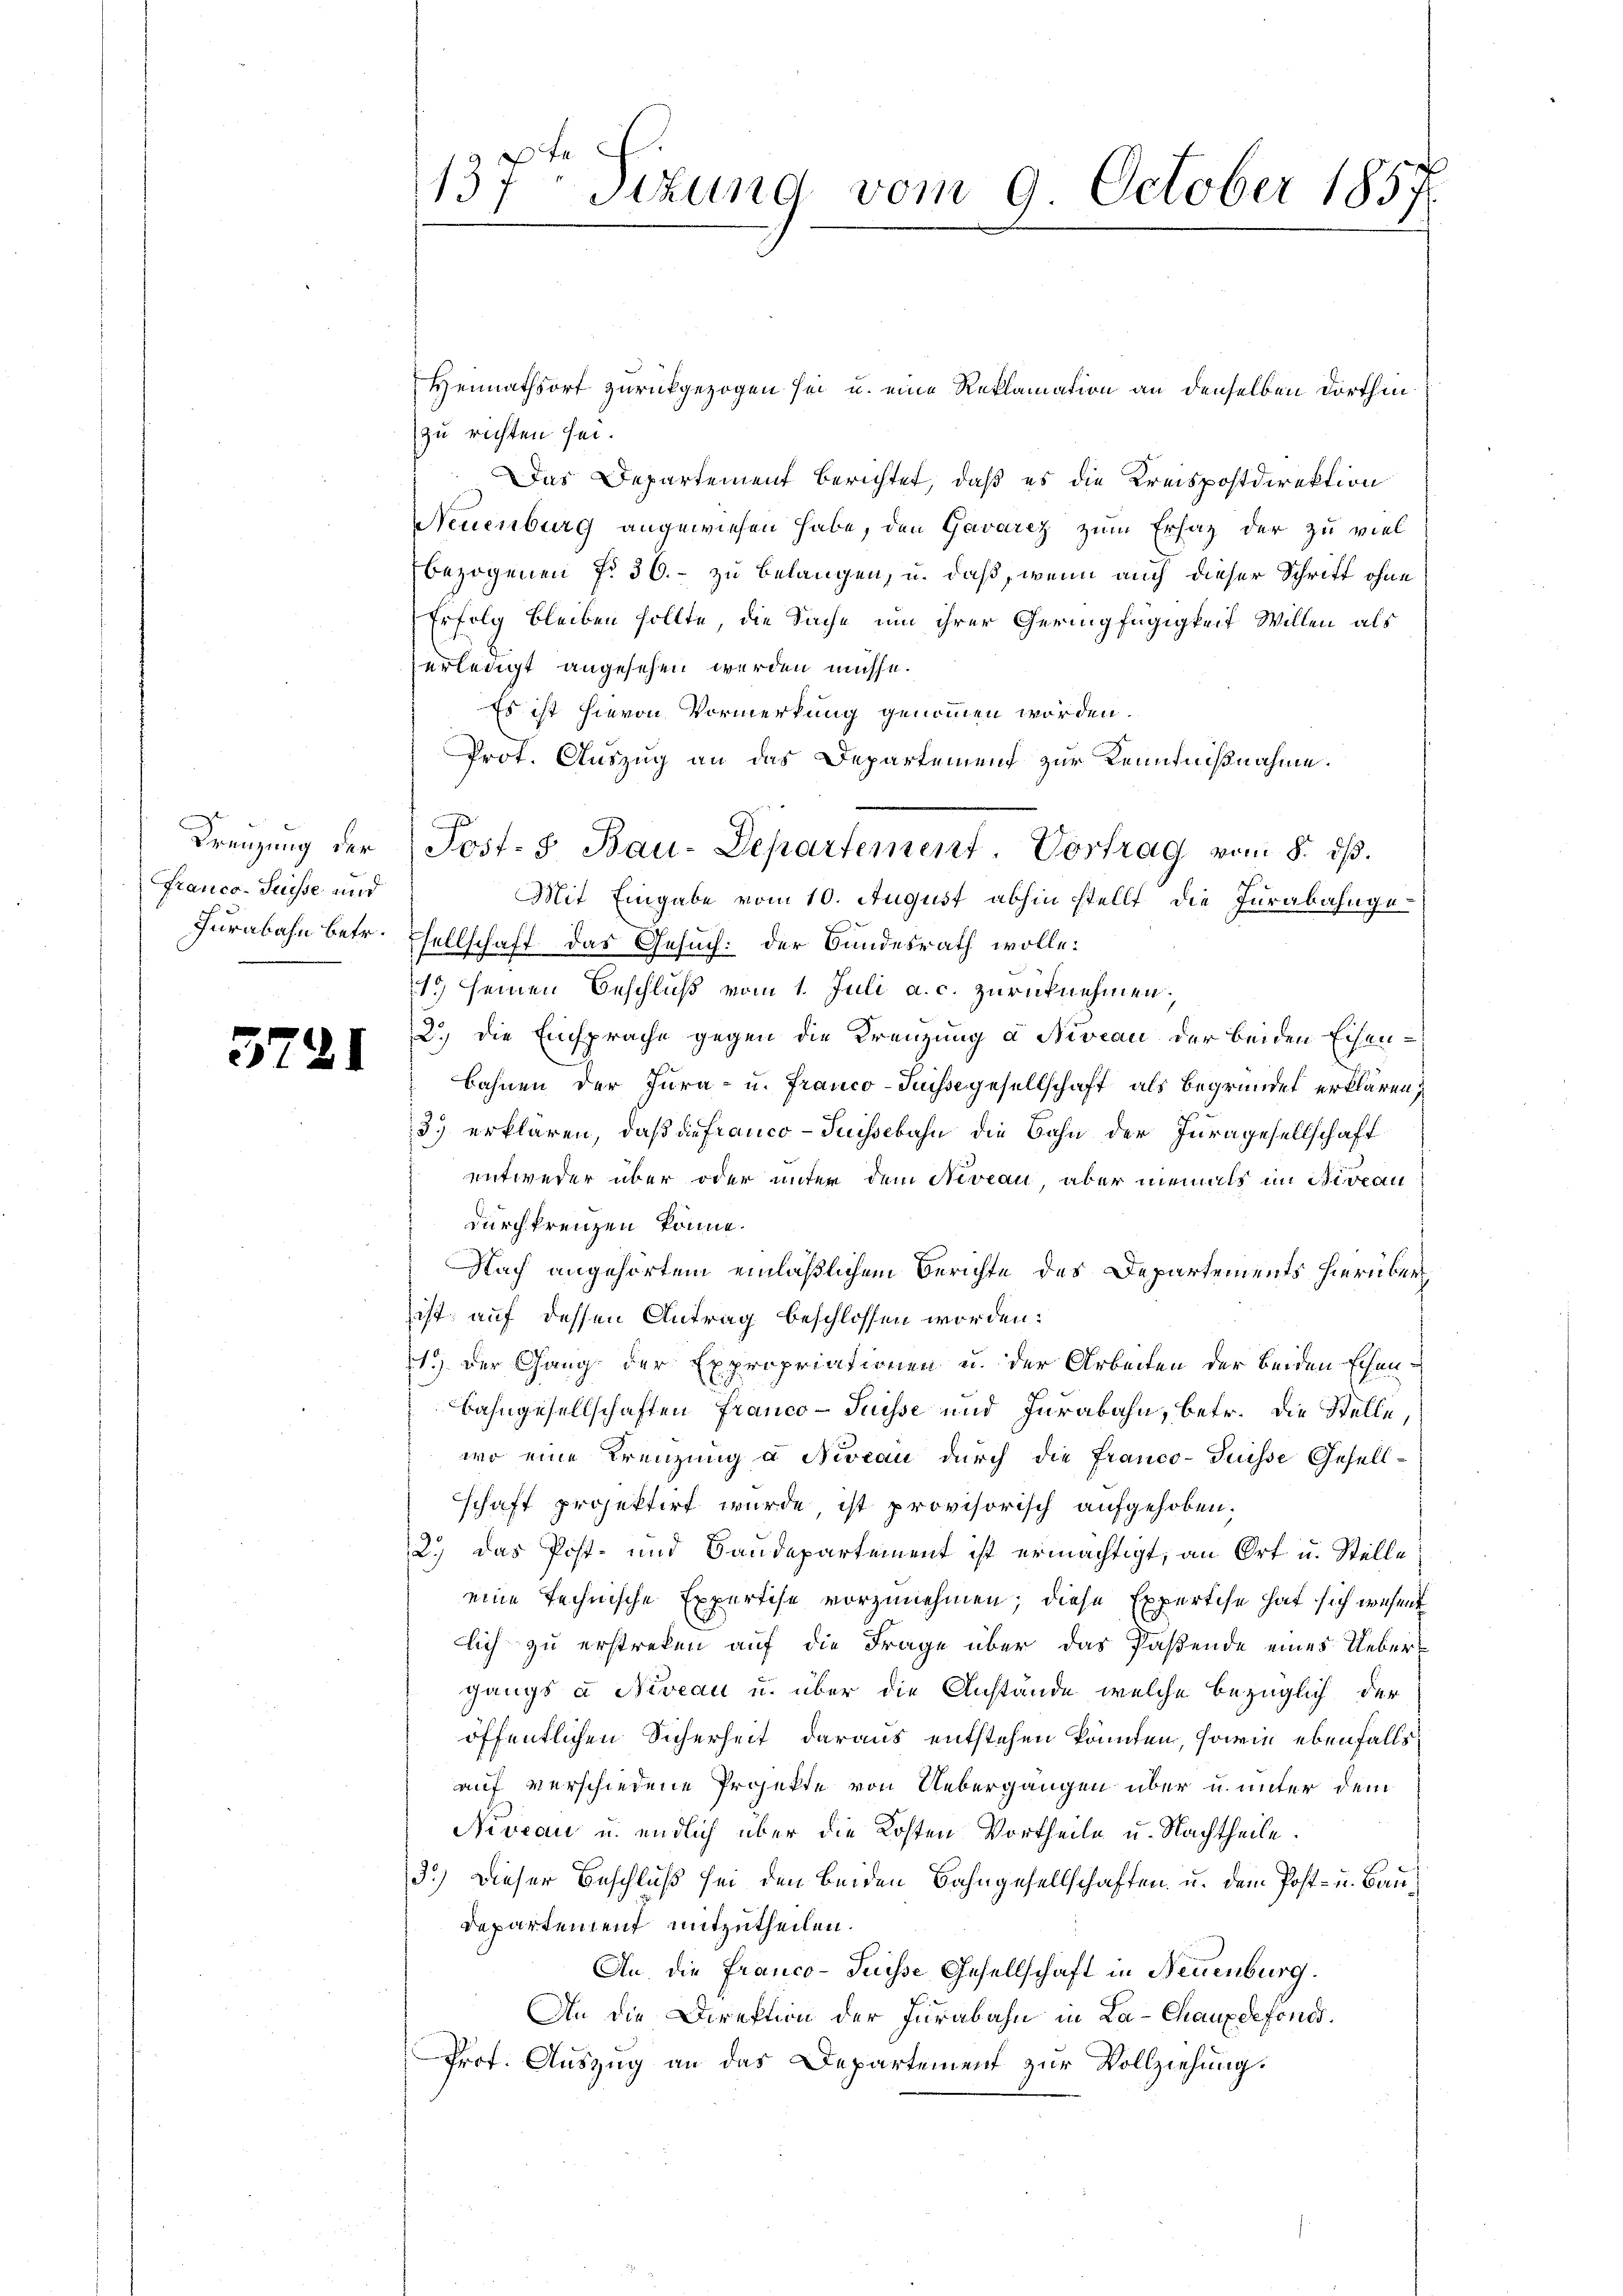
Franco-Suisse und

Heimathsort zurückgezogen sei u. eine Reklamation an denselben dorthin
zu richten sei.
Das Departement berichtet, daß es die Kreispostdirektion
Neuenburg angewiesen habe, den Gavarez zum Ersatz der zu viel
bezogenen No 36. zu belangen, u. daß, wenn auch dieser Schritt ohne
Erfolg bleiben sollte, die Sache um ihrer Geringfügigkeit Willen als
erledigt angesehen werden müsse.
Es ist hievon Vormerkung genommen worden.
Prot. Auszug an das Departemend zur Kenntnißnahme.
Mit Eingabe vom 10. August abhin stellt die Jurabahnge¬
Furabahn betr. Tellschaft das Gesuch: Der Bundesrath wolle:
1o. seinen Beschluß vom 1. Juli a. c. zurücknehmen,
2.) Die Einsprache gegen die Kreuzung a Niveau der beiden Eisen¬
  Bohnen der Jura - u. Franco-Füchsegesellschaft als Begründet erklären;
3.) erklären, daß die franco- Puissebahn die Bahn der Juragesellschaft
entweder über oder unter dem Niveau, aber niemals im Niveau
durchkreuzen könne.
Nach angehörtem einläßlichem Berichte des Departements hierüber
ist, auf dessen Antrag beschlossen worden.
1.) Der Gang der Expropriationen u. der Arbeiten der beiden Ehen¬
Bahngesellschaften Franco- Puisse und Jurabahn, betr. die Stelle,
wo eine Kreuzung u Niveau durch die Franco- Puisse Gesell-
schaft projektirt wurde, ist provisorisch aufgehoben.
2.) Das Post- und Baudepartement ist ermächtigt, an Ort u. Stelle
eine technische Expertise vorzunehmen; diese Expertise hat sich wesen
lich zu erstreken auf die Frage über das Paßende eines Uebergangs à Niveau u. über die Anstände, welche bezüglich der
öffentlichen Sicherheit daraus entstehen könnten, sowie ebenfalls
auf verschiedene Projekte von Uebergangen über u. unter dem
Niveau u. endlich über die Kosten Vortheile u. Nachtheile.
3.) Dieser Beschluß sei den beiden Bahngesellschaften, u. dem Post- u. Bau¬
Departement mitzutheilen.
An die Franco- Puisse Gesellschaft in Neuenburg.
An die Direktion der Jurabahn in La-Chauxdefonds.
Prot. Auszug an das Departement zur Vollziehung.

137 Sizung vom 9. October 1857

Frenzung der Post- & Bau-Departement Vortrag vom 8. dβ.